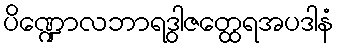
ပိဏ္ဍောလဘာရဒွါဇတ္ထေရအပဒါနံ